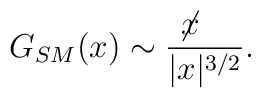
G_{SM}(x)\sim \frac{\not\! x~~~}{|x|^{3/2}}.